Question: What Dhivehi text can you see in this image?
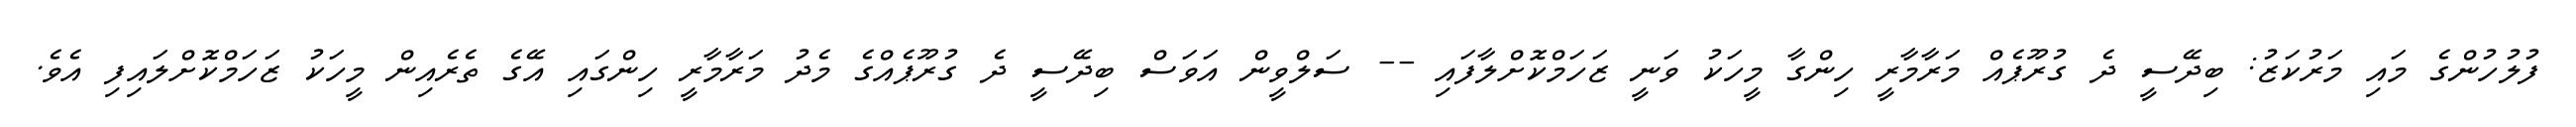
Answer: ފުލުހުންގެ މައި މަރުކަޒު: ބިދޭސީ ދެ ގުރޫޕެއް މަރާމާރީ ހިންގާ މީހަކު ވަނީ ޒަހަމްކޮށްލާފައި -- ސަލްވީން އަވަސް ބިދޭސީ ދެ ގުރޫޕެއްގެ މެދު މަރާމާރީ ހިންގައި އޭގެ ތެރެއިން މީހަކު ޒަހަމްކޮށްލައިފި އެވެ.